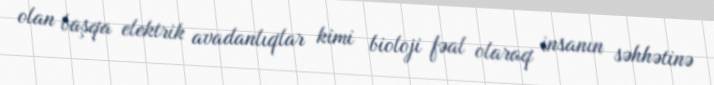
olan başqa elektrik avadanlıqlar kimi bioloji fəal olaraq insanın səhhətinə